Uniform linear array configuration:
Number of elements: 24
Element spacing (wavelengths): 0.75
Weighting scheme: hamming
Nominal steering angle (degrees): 15
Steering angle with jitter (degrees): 16.026
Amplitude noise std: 0.05
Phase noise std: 0.05

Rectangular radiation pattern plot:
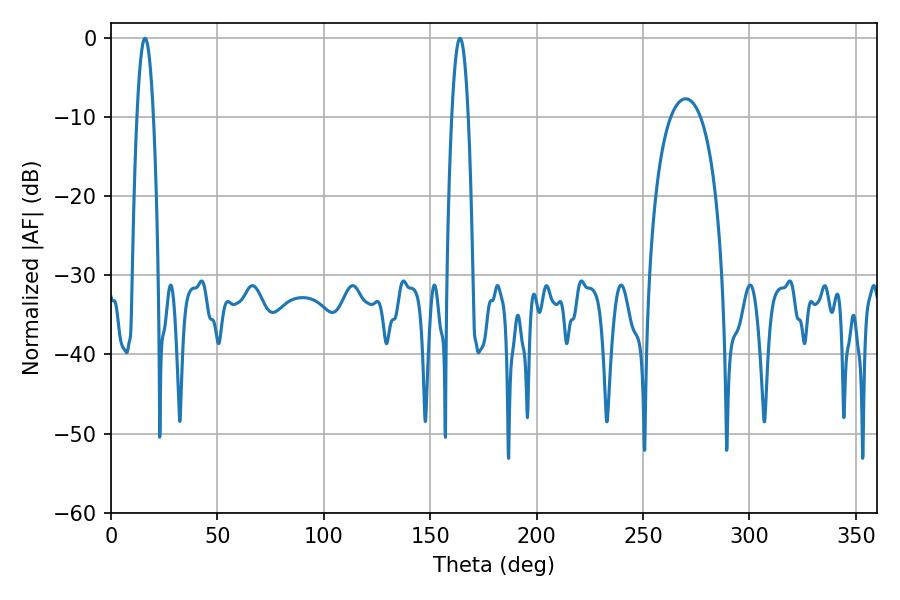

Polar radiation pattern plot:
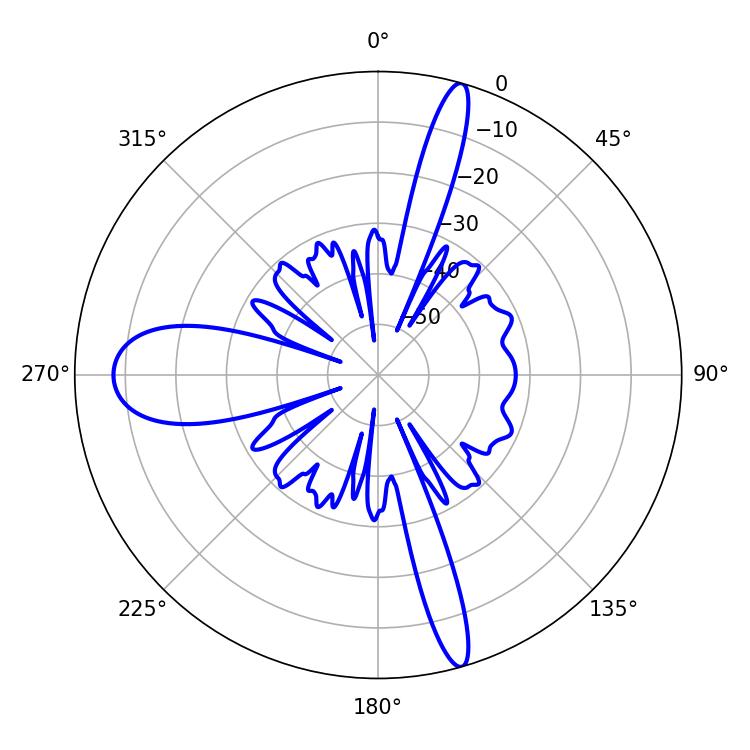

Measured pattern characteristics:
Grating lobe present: TRUE
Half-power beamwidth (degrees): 4.32
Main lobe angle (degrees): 16.02